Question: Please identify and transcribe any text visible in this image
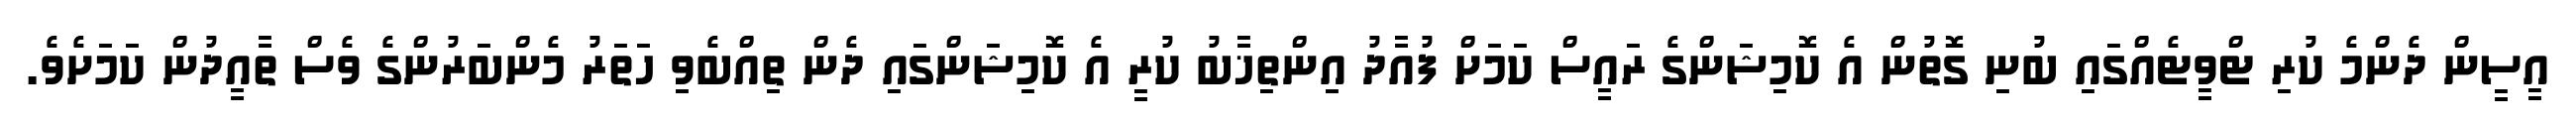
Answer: އީސީން ދެންމެ ކުރި ޓްވީޓެއްގައި ބުނި ގޮތުން އެ ކޮމިޝަންގެ ރައީސް ކަމަށް ފުއާދު އިންތިޚާބު ކުރީ އެ ކޮމިޝަންގައި ދެން ތިއްބެވި ހަތަރު މެންބަރުންގެ ވެސް ތާއީދުން ކަމަށެވެ.